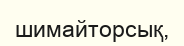
шимайторсық,